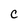
Character: C